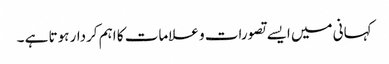
کہانی میں ایسے تصورات و علامات کا اہم کردار ہوتا ہے ۔